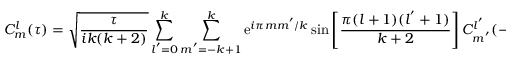
C _ { m } ^ { l } ( \tau ) = \sqrt { \frac { \tau } { i k ( k + 2 ) } } \sum _ { l ^ { ' } = 0 } ^ { k } \sum _ { m ^ { ' } = - k + 1 } ^ { k } \mathrm { e } ^ { i \pi m m ^ { ' } / k } \sin \left[ \frac { \pi ( l + 1 ) ( l ^ { ' } + 1 ) } { k + 2 } \right] C _ { m ^ { ' } } ^ { l ^ { ' } } ( - 1 / \tau )